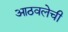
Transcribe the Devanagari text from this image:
आठवलेची